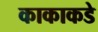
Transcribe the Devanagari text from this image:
काकाकडे